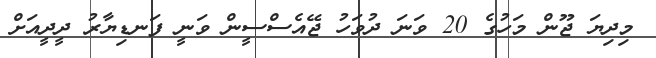
މިދިޔަ ޖޫން މަހުގެ 20 ވަނަ ދުވަހު ޖޭއެސްސީން ވަނީ ފަނޑިޔާރު ދީދީއަށް